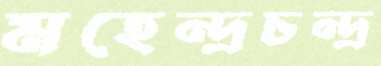
মহেন্দ্রচন্দ্র